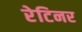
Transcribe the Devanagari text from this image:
रेटिनर